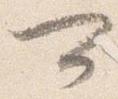
可